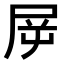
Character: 𡱞